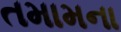
તમામના